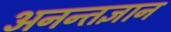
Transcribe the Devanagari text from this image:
अनन्तज्ञान